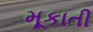
મૂકાતી